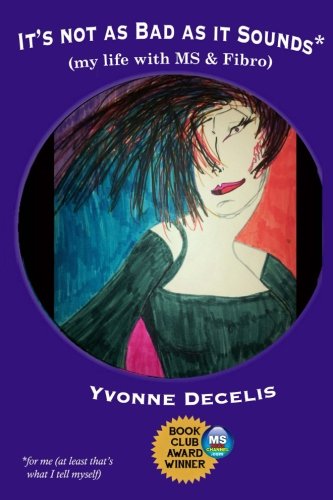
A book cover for It's Not as Bad as it Sounds (my life with MS & Fibro): My life with Multiple Sclerosis and Fibromyalgia (living with these 2 conditions and making life better); Yvonne Decelis; Health, Fitness & Dieting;